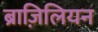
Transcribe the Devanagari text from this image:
ब्राज़िलियन